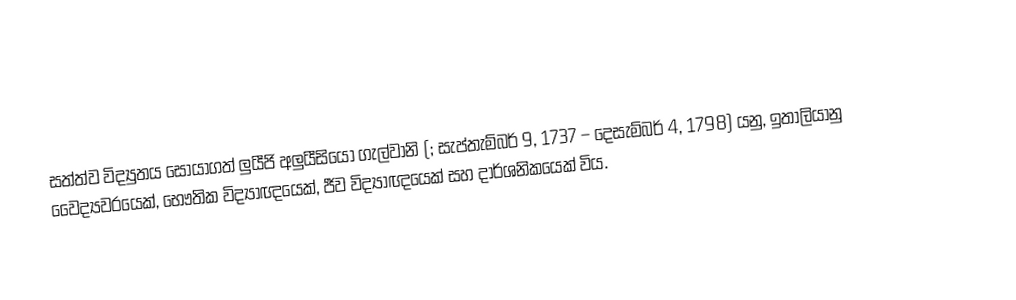
සත්ත්ව විද්‍යුතය සොයාගත්  ලුයීජි අලුයීසියෝ ගැල්වානි (; සැප්තැම්බර් 9, 1737 – දෙසැම්බර් 4, 1798) යනු, ඉතාලියානු වෛද්‍යවරයෙක්, භෞතික විද්‍යාඥයෙක්, ජීව විද්‍යාඥයෙක් සහ දාර්ශනිකයෙක් විය.